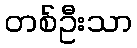
တစ်ဦးသာ